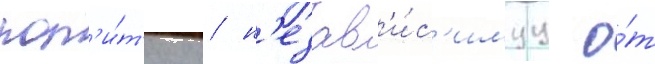
пол'и́т'ику / н'езав'и́с'имуу о́т